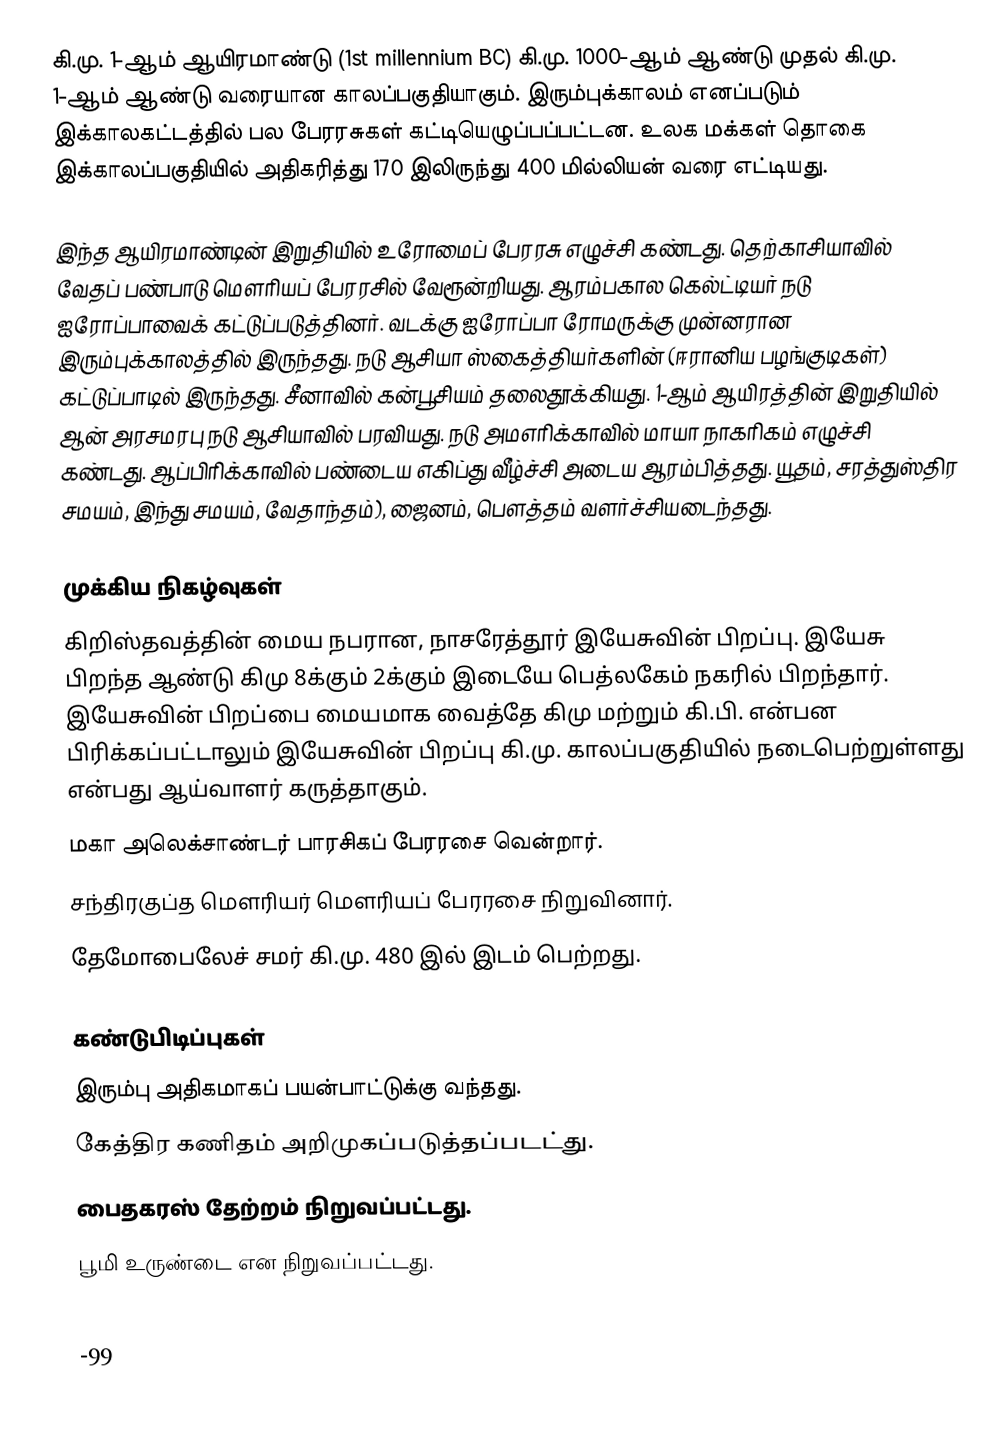
கி.மு. 1-ஆம் ஆயிரமாண்டு (1st millennium BC) கி.மு. 1000-ஆம் ஆண்டு முதல் கி.மு. 1-ஆம் ஆண்டு வரையான காலப்பகுதியாகும். இரும்புக்காலம் எனப்படும் இக்காலகட்டத்தில் பல பேரரசுகள் கட்டியெழுப்பப்பட்டன. உலக மக்கள் தொகை இக்காலப்பகுதியில் அதிகரித்து 170 இலிருந்து 400 மில்லியன் வரை எட்டியது.

இந்த ஆயிரமாண்டின் இறுதியில் உரோமைப் பேரரசு எழுச்சி கண்டது. தெற்காசியாவில் வேதப் பண்பாடு மௌரியப் பேரரசில் வேரூன்றியது. ஆரம்பகால கெல்ட்டியர் நடு ஐரோப்பாவைக் கட்டுப்படுத்தினர். வடக்கு ஐரோப்பா ரோமருக்கு முன்னரான இரும்புக்காலத்தில் இருந்தது. நடு ஆசியா ஸ்கைத்தியர்களின் (ஈரானிய பழங்குடிகள்) கட்டுப்பாடில் இருந்தது. சீனாவில் கன்பூசியம் தலைதூக்கியது. 1-ஆம் ஆயிரத்தின் இறுதியில் ஆன் அரசமரபு நடு ஆசியாவில் பரவியது. நடு அமஎரிக்காவில் மாயா நாகரிகம் எழுச்சி கண்டது. ஆப்பிரிக்காவில் பண்டைய எகிப்து வீழ்ச்சி அடைய ஆரம்பித்தது. யூதம், சரத்துஸ்திர சமயம், இந்து சமயம், வேதாந்தம்), ஜைனம், பௌத்தம் வளர்ச்சியடைந்தது.

முக்கிய நிகழ்வுகள்
 கிறிஸ்தவத்தின் மைய நபரான, நாசரேத்தூர் இயேசுவின் பிறப்பு. இயேசு பிறந்த ஆண்டு கிமு 8க்கும் 2க்கும் இடையே பெத்லகேம் நகரில் பிறந்தார். இயேசுவின் பிறப்பை மையமாக வைத்தே கிமு மற்றும் கி.பி. என்பன பிரிக்கப்பட்டாலும் இயேசுவின் பிறப்பு கி.மு. காலப்பகுதியில் நடைபெற்றுள்ளது என்பது ஆய்வாளர் கருத்தாகும்.
 மகா அலெக்சாண்டர் பாரசிகப் பேரரசை வென்றார்.
 சந்திரகுப்த மௌரியர் மௌரியப் பேரரசை நிறுவினார்.
 தேமோபைலேச் சமர் கி.மு. 480 இல் இடம் பெற்றது.

கண்டுபிடிப்புகள்
 இரும்பு அதிகமாகப் பயன்பாட்டுக்கு வந்தது.
 கேத்திர கணிதம் அறிமுகப்படுத்தப்படட்து.
 பைதகரஸ் தேற்றம் நிறுவப்பட்டது.
 பூமி உருண்டை என நிறுவப்பட்டது.

-99